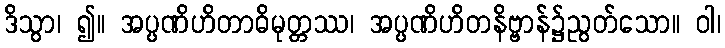
ဒိသွာ၊ ၍။ အပ္ပဏိဟိတာဓိမုတ္တဿ၊ အပ္ပဏိဟိတနိဗ္ဗာန်၌ညွတ်သော။ ဝါ၊